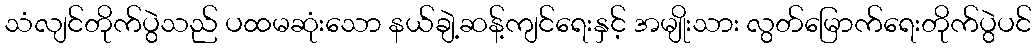
သံလျင်တိုက်ပွဲသည် ပထမဆုံးသော နယ်ချဲ့ဆန့်ကျင်ရေးနှင့် အမျိုးသား လွတ်မြောက်ရေးတိုက်ပွဲပင်